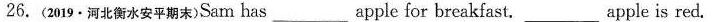
26. (2019.河北衡水安平期末) Sam has ___ apple for breakfast. Apple is red.